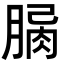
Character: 𦝾